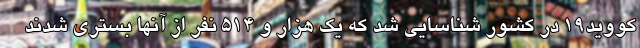
کووید۱۹ در کشور شناسایی شد که یک هزار و ۵۱۴ نفر از آنها بستری شدند